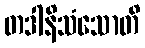
တဒါနိသံသောတိ